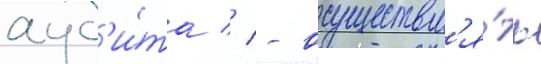
ауд'и́та // - осуществл'я́ть